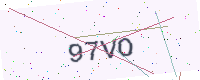
Text: 97VO